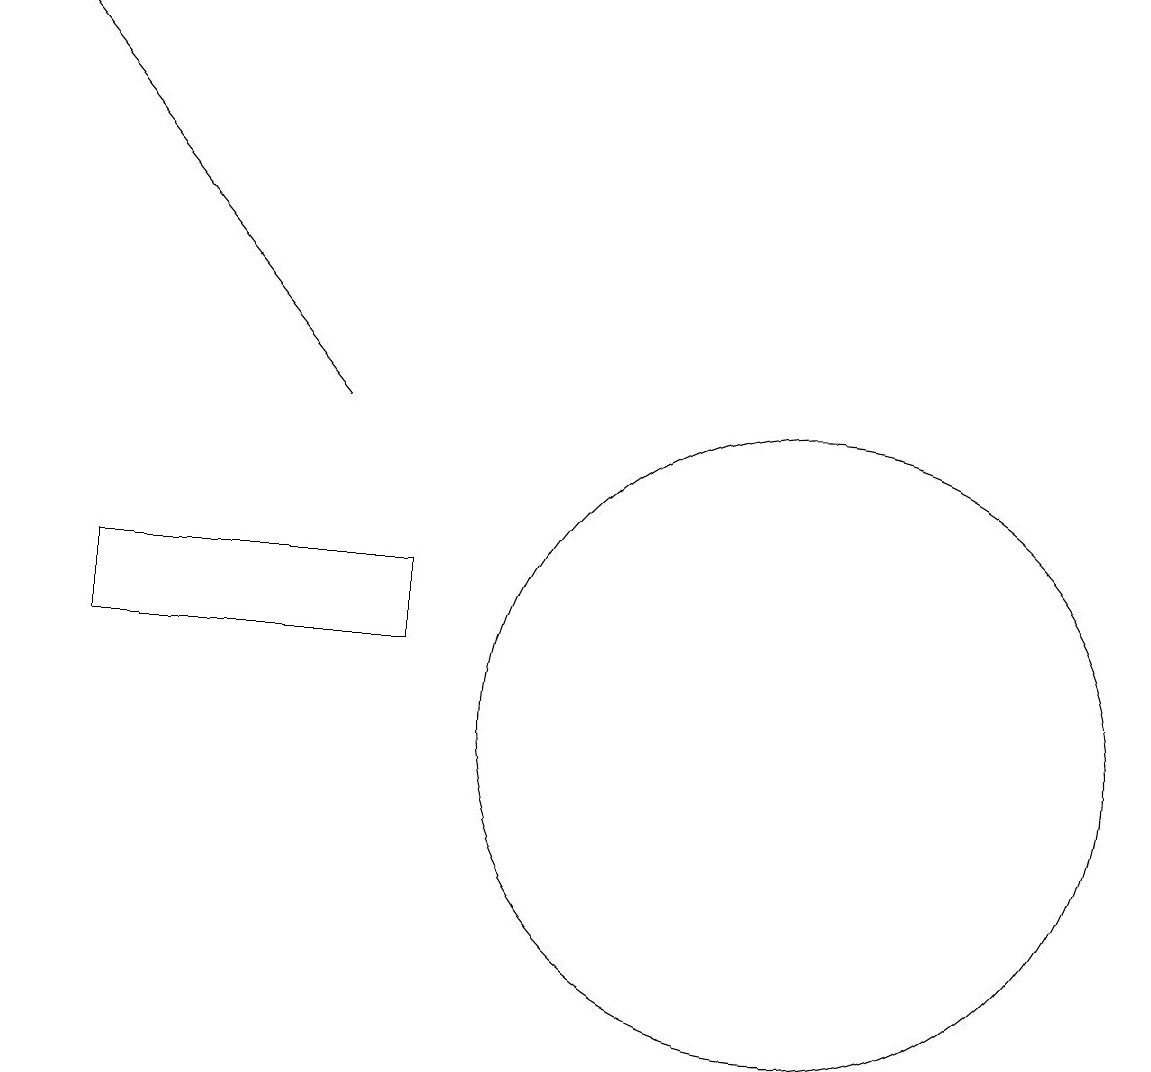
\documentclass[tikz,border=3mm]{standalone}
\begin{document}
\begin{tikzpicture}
\draw (10,10) circle (4);
\draw[->] (4,14) -- (0,19);
\draw (5,11) rectangle (1,12);
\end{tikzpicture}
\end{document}